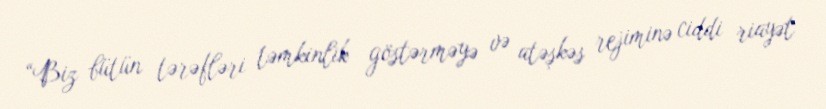
“Biz bütün tərəfləri təmkinlik göstərməyə və atəşkəs rejiminə ciddi riayət